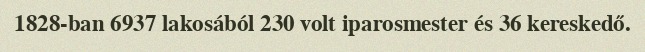
1828-ban 6937 lakosából 230 volt iparosmester és 36 kereskedő.